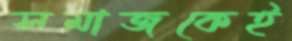
সমাজকেই